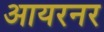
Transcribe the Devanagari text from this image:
आयरनर